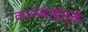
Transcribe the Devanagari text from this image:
कानबाईमुळे